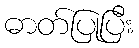
ဓာတ်ပြုပြီး